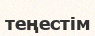
теңестім